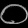
Digit: ၀